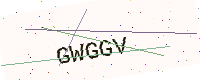
Text: GWGGV